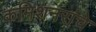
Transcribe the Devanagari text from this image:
कमिशनरांचे